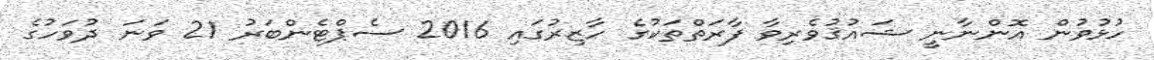
ހުޅުވުން އޮންނާނީ ޝައުޤުވެރިވާ ފާރަތްތަކުގެ ހާޒިރުގައި 2016 ސެޕްޓެންބަރު 21 ވަނަ ދުވަހުގެ